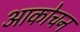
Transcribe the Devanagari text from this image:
आकोचन